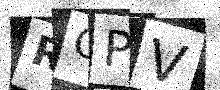
Text: ROPV